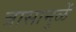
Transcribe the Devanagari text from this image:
त्रासामुळें